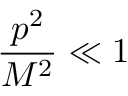
\frac { p ^ { 2 } } { M ^ { 2 } } \ll 1